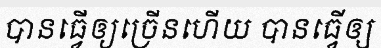
បានធ្វើឲ្យច្រើនហើយ បានធ្វើឲ្យ